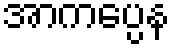
အာကပ္ပေန